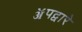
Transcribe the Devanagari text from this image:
ॲपद्वारे